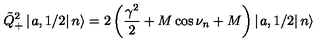
\tilde { Q } _ { + } ^ { 2 } \left| \left. a , 1 / 2 \right| n \right\rangle = 2 \left( \frac { \gamma ^ { 2 } } { 2 } + M \cos \nu _ { n } + M \right) \left| \left. a , 1 / 2 \right| n \right\rangle